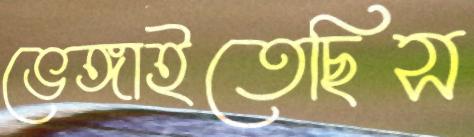
ভেঙ্গাইতেছিস